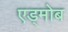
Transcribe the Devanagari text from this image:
एड्मोब